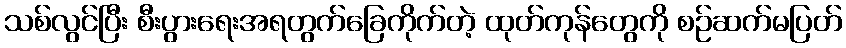
သစ်လွင်ပြီး စီးပွားရေးအရတွက်ခြေကိုက်တဲ့ ထုတ်ကုန်တွေကို စဉ်ဆက်မပြတ်